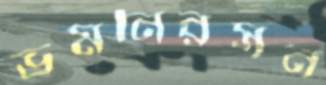
ভ্রমনিরসন